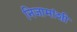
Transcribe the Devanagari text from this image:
निजामांशी